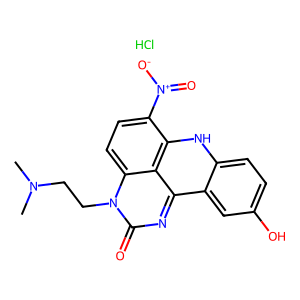
SMILES: CN(C)CCn1c(=O)nc2c3cc(O)ccc3[nH]c3c([N+](=O)[O-])ccc1c32.Cl
Inhibits HIV replication: No